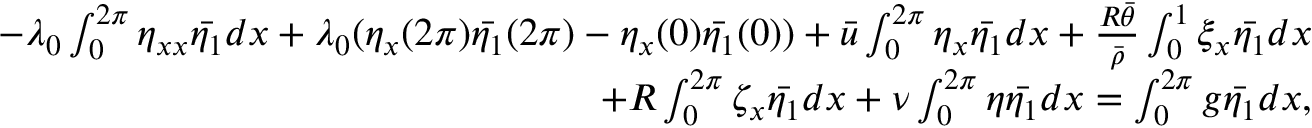
\begin{array} { r } { - \lambda _ { 0 } \int _ { 0 } ^ { 2 \pi } \eta _ { x x } \bar { \eta _ { 1 } } d x + \lambda _ { 0 } ( \eta _ { x } ( 2 \pi ) \bar { \eta _ { 1 } } ( 2 \pi ) - \eta _ { x } ( 0 ) \bar { \eta _ { 1 } } ( 0 ) ) + \bar { u } \int _ { 0 } ^ { 2 \pi } \eta _ { x } \bar { \eta _ { 1 } } d x + \frac { R \bar { \theta } } { \bar { \rho } } \int _ { 0 } ^ { 1 } \xi _ { x } \bar { \eta _ { 1 } } d x } \\ { + R \int _ { 0 } ^ { 2 \pi } \zeta _ { x } \bar { \eta _ { 1 } } d x + \nu \int _ { 0 } ^ { 2 \pi } \eta \bar { \eta _ { 1 } } d x = \int _ { 0 } ^ { 2 \pi } g \bar { \eta _ { 1 } } d x , } \end{array}